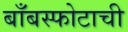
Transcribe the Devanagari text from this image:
बाँबस्फोटाची